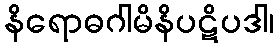
နိရောဓဂါမိနိပဋိပဒါ၊